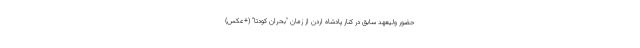
حضور ولیعهد سابق در کنار پادشاه اردن از زمان "بحران کودتا" (+عکس)